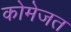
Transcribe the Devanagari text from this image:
कोमेजत